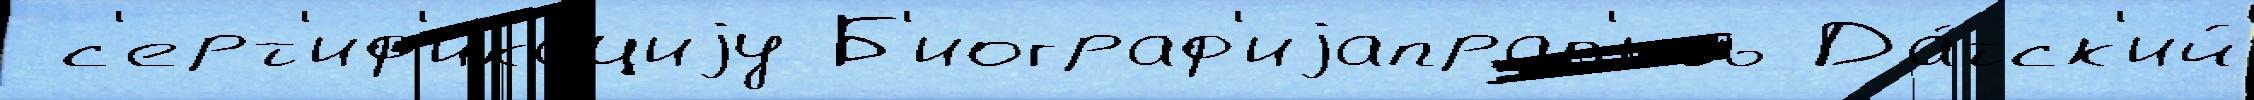
 с'ерт'иф'ика́циjу Б'иограф'иjаправ'ить Да́тск'ий